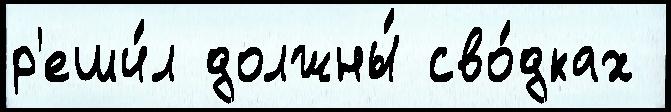
р'еши́л должны́ сво́дках